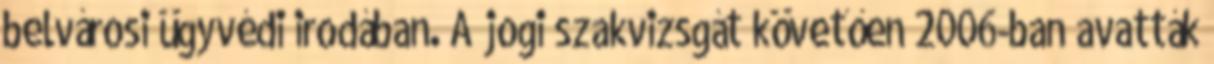
belvárosi ügyvédi irodában. A jogi szakvizsgát követően 2006-ban avatták